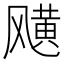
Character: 𩙯